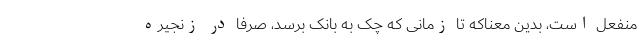
منفعل است، بدین معناکه تا زمانی که چک به بانک برسد، صرفاً در زنجیره